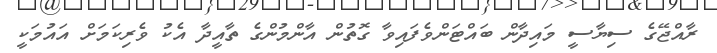
ރާއްޖޭގެ ސިޔާސީ މައިދާން ބައްޓަންވެފައިވާ ގޮތުން އާންމުންގެ ތާއީދާ އެކު ވެރިކަމަށް އައުމަކީ